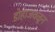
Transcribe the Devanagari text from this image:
डोहाजवळून